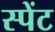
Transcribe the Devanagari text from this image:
स्पेंट